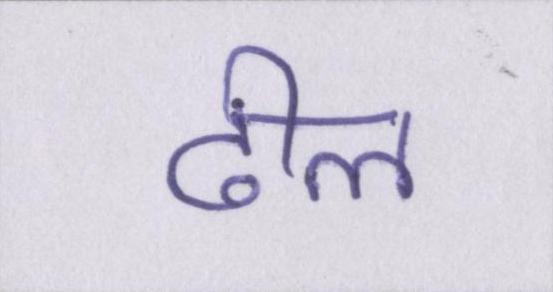
ढील